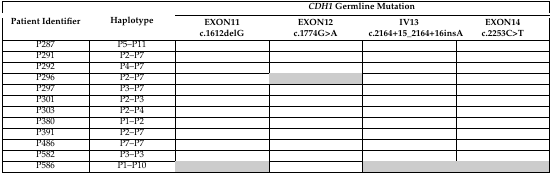
<table><thead><tr><td rowspan="2"><b>Patient Identifier</b></td><td rowspan="2"><b>Haplotype</b></td><td colspan="4"><b><i>CDH1</i> Germline Mutation</b></td></tr><tr><td><b>EXON11c.1612delG</b></td><td><b>EXON12c.1774G&gt;A</b></td><td><b>IV13c.2164+15_2164+16insA</b></td><td><b>EXON14c.2253C&gt;T</b></td></tr></thead><tbody><tr><td>P287</td><td>P5–P11</td><td></td><td></td><td></td><td></td></tr><tr><td>P291</td><td>P2–P7</td><td></td><td></td><td></td><td></td></tr><tr><td>P292</td><td>P4–P7</td><td></td><td></td><td></td><td></td></tr><tr><td>P296</td><td>P2–P7</td><td></td><td></td><td></td><td></td></tr><tr><td>P297</td><td>P3–P7</td><td></td><td></td><td></td><td></td></tr><tr><td>P301</td><td>P2–P3</td><td></td><td></td><td></td><td></td></tr><tr><td>P303</td><td>P2–P4</td><td></td><td></td><td></td><td></td></tr><tr><td>P380</td><td>P1–P2</td><td></td><td></td><td></td><td></td></tr><tr><td>P391</td><td>P2–P7</td><td></td><td></td><td></td><td></td></tr><tr><td>P486</td><td>P7–P7</td><td></td><td></td><td></td><td></td></tr><tr><td>P582</td><td>P3–P3</td><td></td><td></td><td></td><td></td></tr><tr><td>P586</td><td>P1–P10</td><td></td><td></td><td></td><td></td></tr></tbody></table>